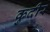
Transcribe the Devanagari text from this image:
कुदीर